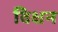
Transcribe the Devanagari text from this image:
विक्षन